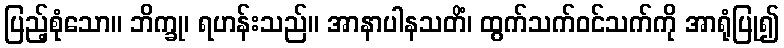
ပြည့်စုံသော။ ဘိက္ခု၊ ရဟန်းသည်။ အာနာပါနသတိံ၊ ထွက်သက်ဝင်သက်ကို အာရုံပြု၍